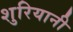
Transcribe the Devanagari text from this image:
शुरियानी